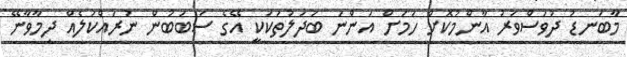
މާބަނޑު ދުވަސްވަރު އާންމުކޮށް ހަމަށް އަންނަ ބަދަލުތަކަކީ އޭގެ ސަބަބުން ނުރައްކަލެއް ދިމާވާނޭ